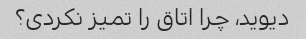
دیوید، چرا اتاق را تمیز نکردی؟